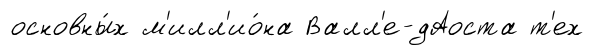
основны́х м'илл'ио́на Валл'е-дАоста т'ех